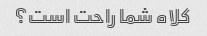
کلاه شما راحت است؟